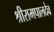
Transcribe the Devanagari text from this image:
श्रीरामपालदेव